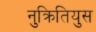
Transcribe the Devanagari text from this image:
नुक्रितियुस